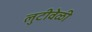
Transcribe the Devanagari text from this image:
लुटीवेळी